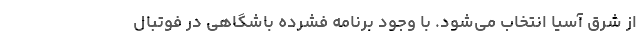
از شرق آسیا انتخاب می‌شود. با وجود برنامه فشرده باشگاهی در فوتبال